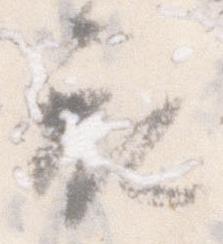
衣